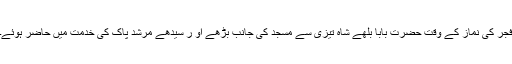
فجر کی نماز کے وقت حضرت بابا بلھے شاہ تیزی سے مسجد کی جانب بڑھے او ر سیدھے مرشد پاک کی خدمت میں حاضر ہوئے۔